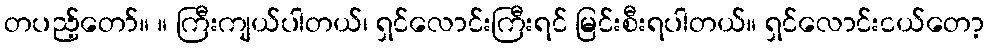
တပည့်တော်။ ။ ကြီးကျယ်ပါတယ်၊ ရှင်လောင်းကြီးရင် မြင်းစီးရပါတယ်။ ရှင်လောင်းငယ်တော့